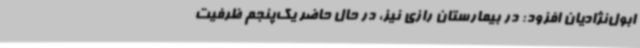
ابول‌نژادیان افزود: در بیمارستان رازی نیز، در حال حاضر یک‌پنجم ظرفیت